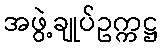
အဖွဲ့ချုပ်ဥက္ကဋ္ဌ